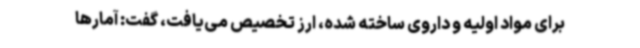
برای مواد اولیه و داروی ساخته شده، ارز تخصیص می‌یافت، گفت: آمارها